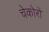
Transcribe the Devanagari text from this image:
चेकोरों